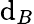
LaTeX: \mathrm{d}_{B}